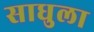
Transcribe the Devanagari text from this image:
साधुला